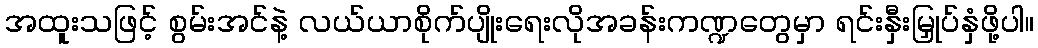
အထူးသဖြင့် စွမ်းအင်နဲ့ လယ်ယာစိုက်ပျိုးရေးလိုအခန်းကဏ္ဍတွေမှာ ရင်းနှီးမြှုပ်နှံဖို့ပါ။